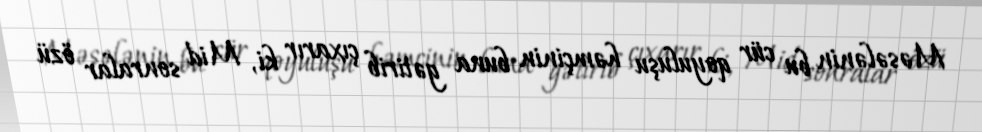
Məsələnin bu cür qoyuluşu həmçinin buna gətirib çıxarır ki, Mid sonralar özü